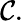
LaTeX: \mathcal{C}.